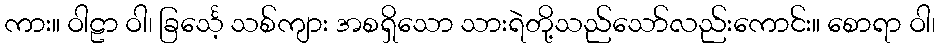
ကား။ ဝါဠာ ဝါ၊ ခြင်္သေ့ သစ်ကျား အစရှိသော သားရဲတို့သည်သော်လည်းကောင်း။ စောရာ ဝါ၊